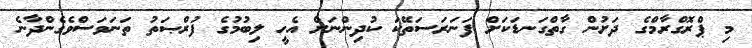
މި ޕްރޮގްރާމްގެ ދަށުން ގާތްގަނޑަކަށް ފަނަރަސަތޭކަ ކުދިންނަށް އެހީ ލިބުމުގެ ފުރްޞަތު ތަނަވަސްވެގެންދާނެ